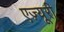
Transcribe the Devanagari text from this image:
एज़्यूरी